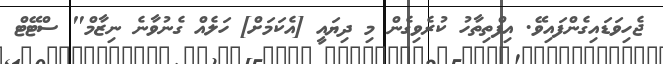
ޖެހިވަޑައިގެންފައިވޭ. އިފްތިތާހު ކުރެވިގެން މި ދިޔައީ [އެކަމަށް] ހަލެއް ގެނުވާނެ ނިޒާމް" ސްޓޭޓް